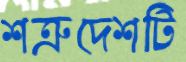
শত্রুদেশটি